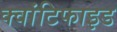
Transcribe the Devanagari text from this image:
क्वांटिफाइड